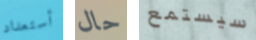
أستعداد حال سيستمع